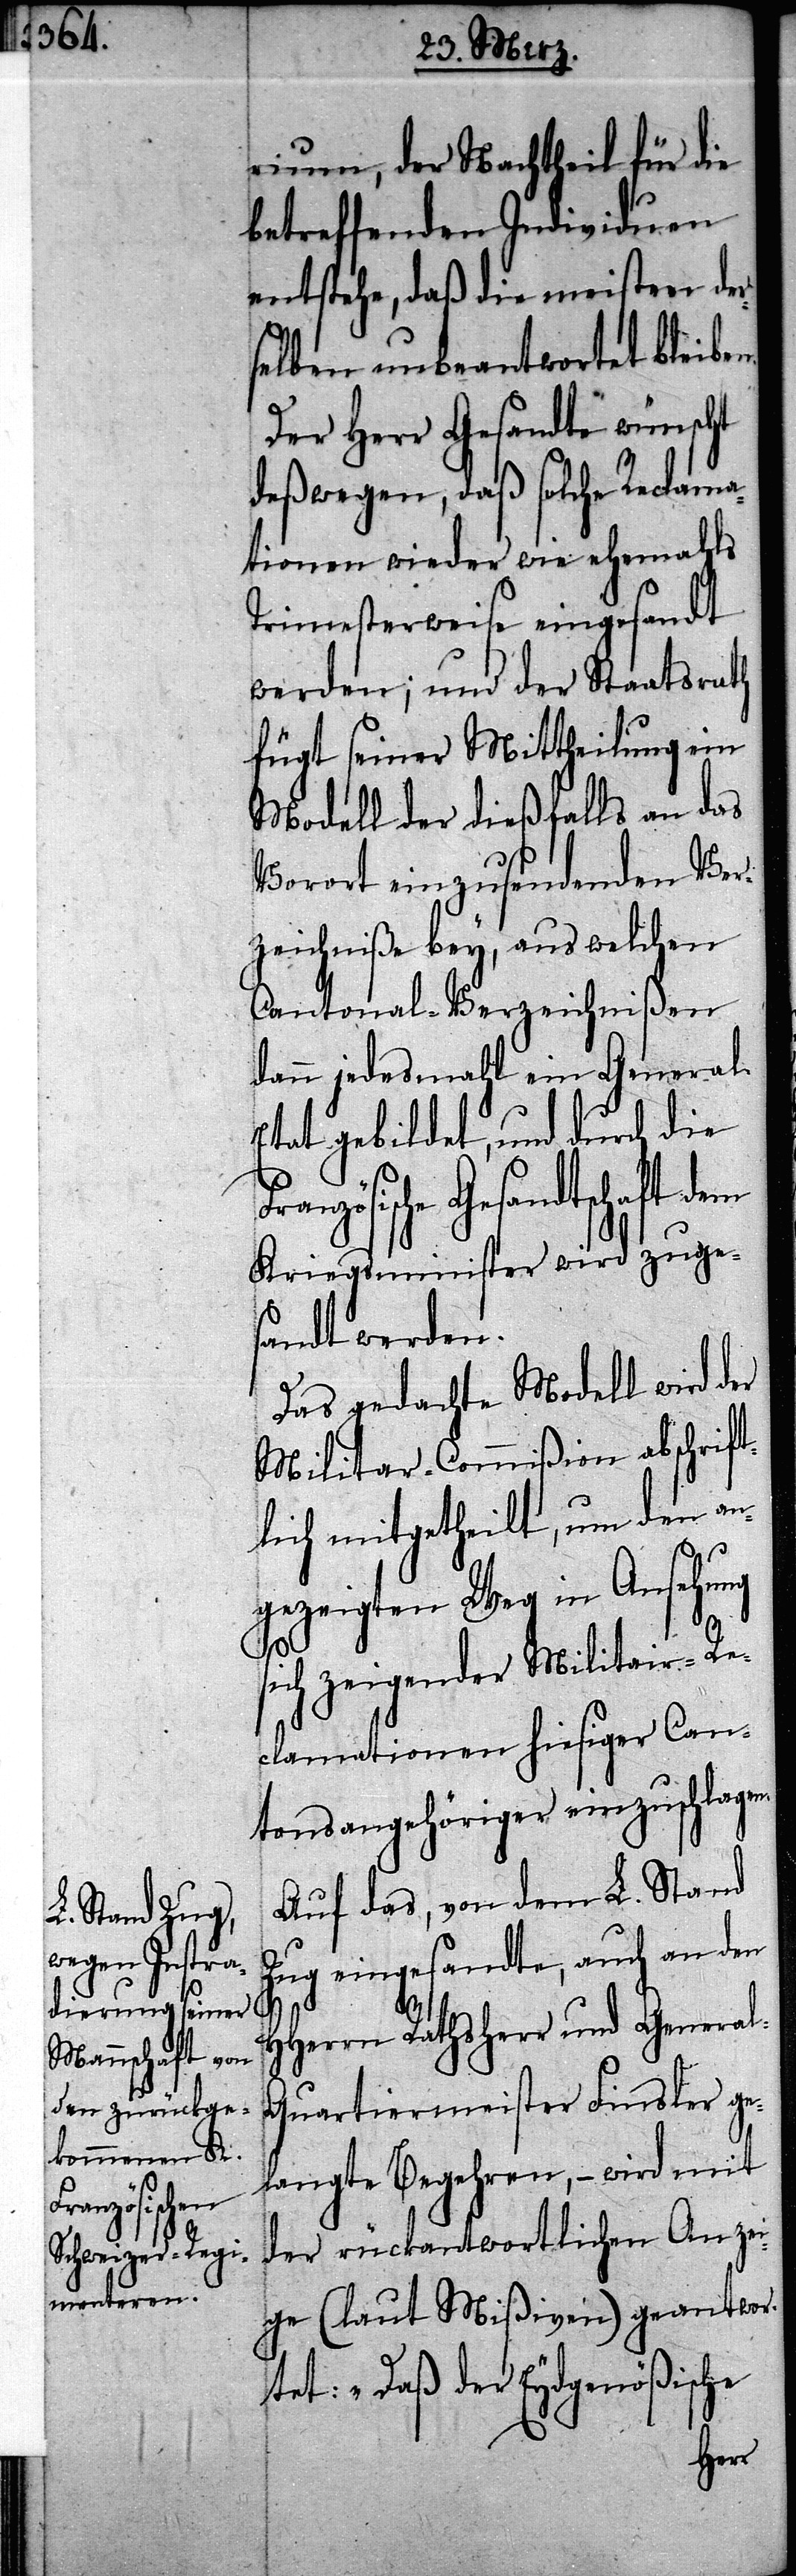
rium, der Nachtheil für die
betreffenden Individuen
entstehe, daß die meisten der¬
selben unbeantwortet bleiben.
Der Herr Gesandte wünscht
deßwegen, daß solche Reclama¬
tionen wieder wie ehemahls
Trimesterweise eingesandt
werden; und der Staatsrath
fügt seiner Mittheilung ein
Modell der dießfalls an das
Vorort einzusendenden Ver¬
zeichniße bey, aus welchen
Cantonal-Verzeichnißen
dann jedesmahl ein General-E¬
tat gebildet, und durch die
Gesandtschaft dem
Kriegsminister wird zuge¬
sandt werden.
Das gedachte Modell wird der
Militar-Commißion abschrift¬
lich mitgetheilt, um den an¬
gezeigten Weg in Ansehung
sich zeigender Militar-Re¬
clamationen hiesiger Can¬
tonsangehöriger einzuschlagen.
Auf das, von dem L. Stand
Zug eingesandte, auch an den
HHerrn Rathsherr und Genera¬
l-Quartiermeister Finsler ge¬
langte Begehren, – wird mit
Französische
der rückantwortlichen Anzei¬
ge (laut Mißiven) geantwor¬
tet: „Daß der Eydsgenößische